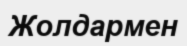
Жолдармен